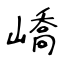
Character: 嶠